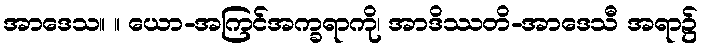
အာဒေသ။ ။ ယော-အကြင်အက္ခရာကို၊ အာဒိဿတိ-အာဒေသီ အရာ၌